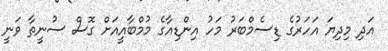
އަދި މިދިޔަ އަހަރުގެ ޑިސެމްބަރު މަހު އިންޑިއާގެ މުމްބާއީއަށް ގޮސް ސުނީތާ ވަނީ